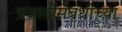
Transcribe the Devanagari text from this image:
प्रजातीसंबंधीच्या